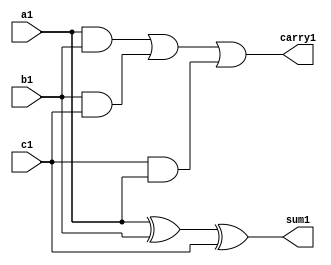
`timescale 1ns / 1ps
//////////////////////////////////////////////////////////////////////////////////
// Company: 
// Engineer: 
// 
// Design Name: 
// Module Name: fulladder
// Project Name: 
// Target Devices: 
// Tool Versions: 
// Description: 
// 
// Dependencies: 
// 
// Revision:
// Revision 0.01 - File Created
// Additional Comments:
// 
//////////////////////////////////////////////////////////////////////////////////


module fulladder(output sum1,carry1,input a1,b1,c1);
assign sum1 = a1^b1^c1;
assign carry1 = a1&b1 | b1&c1 | c1&a1;
endmodule